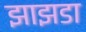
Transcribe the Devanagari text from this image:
झाझडा